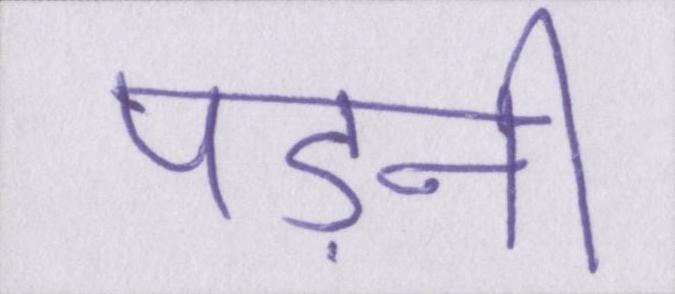
पड़नी